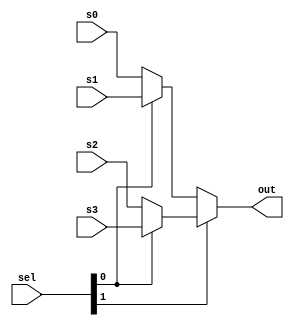
module Mux4to2 #(
    parameter size = 32
) 
(
    input [1:0] sel,
    input signed [size-1:0] s0,
    input signed [size-1:0] s1,
    input signed [size-1:0] s2,
    input signed [size-1:0] s3,
    output signed [size-1:0] out
);
    // TODO: implement your 4to2 multiplexer here
    // done
    assign out = sel[1] ? (sel[0] ? s3 : s2) : (sel[0] ? s1 : s0);
endmodule